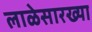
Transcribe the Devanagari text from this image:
लाळेसारख्या